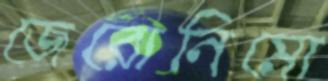
জেরোনিমো